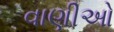
વાણીઓ